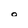
Character: 0